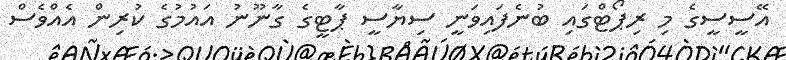
އޭސީސީގެ މި ރިޕޯޓްގައި ބުނެފައިވަނީ ސިޔާސީ ޕާޓީގެ ގާނޫނު އައުމުގެ ކުރިން އެއްވެސް